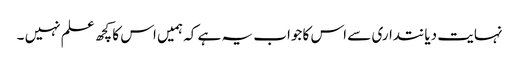
نہایت دیانتداری سے اس کا جواب یہ ہے کہ ہمیں اس کا کچھ علم نہیں ۔